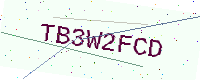
Text: TB3W2FCD